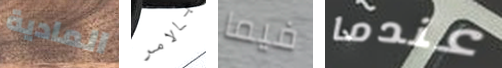
المادية بالامر فيما عندما